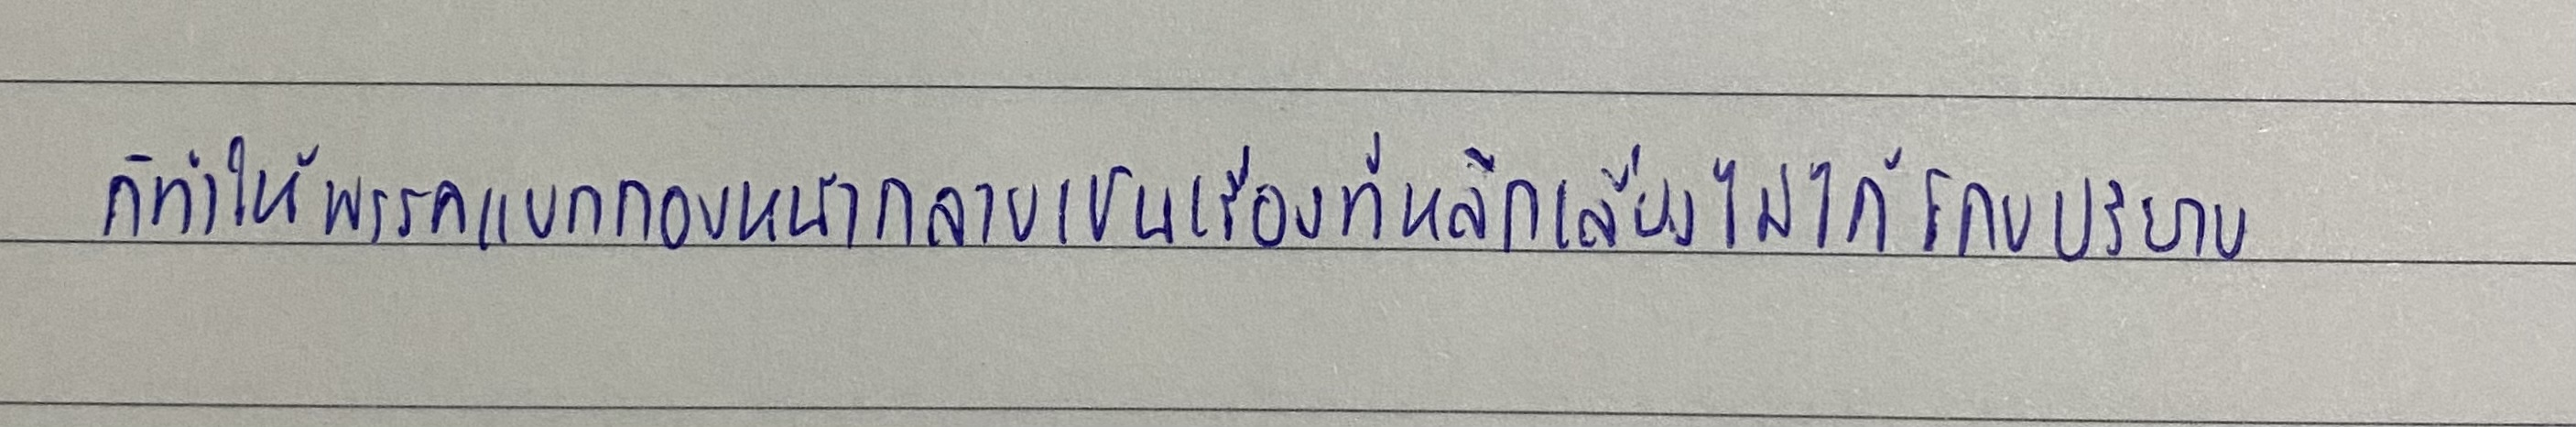
ก็ทำให้พรรคแบบกองหน้ากลายเป็นเรื่องที่หลีกเลี่ยงไม่ได้ไปโดยปริยาย